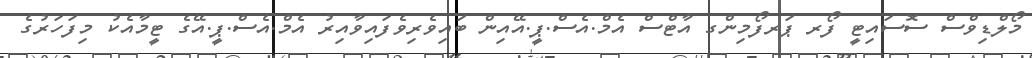
މޯލްޑިވްސް ސޮސައިޓީ ފޯރ ޕަރފޯމިންގ އާޓްސް އެމް.އެސް.ޕީ.އޭއިން ބައިވެރިވެފައިވާއިރު އެމް.އެސް.ޕީ.އޭގެ ޓީމާއެކު މިފަހަރުގެ